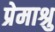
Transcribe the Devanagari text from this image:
प्रेमाश्रु